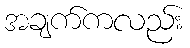
အချက်ကလည်း